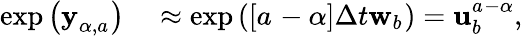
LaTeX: \begin{array}{rl}{\exp\left(\mathbf{y}_{\alpha{},a_{}}^{}\right)}&{{}\approx\exp\left(\left[a_{}-\alpha{}\right]\Delta t\mathbf{w}_{b_{}}\right)=\mathbf{u}_{b_{}}^{a_{}-\alpha{}},}\end{array}